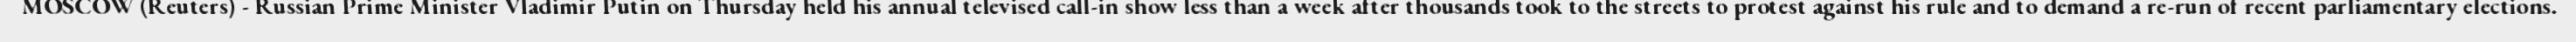
MOSCOW (Reuters) - Russian Prime Minister Vladimir Putin on Thursday held his annual televised call-in show less than a week after thousands took to the streets to protest against his rule and to demand a re-run of recent parliamentary elections.